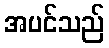
အပင်သည်